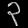
Digit: ၃